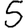
Digit: 5